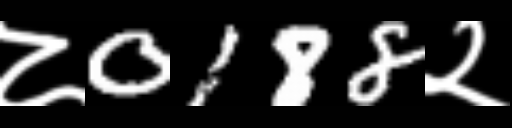
Text: ८0188२